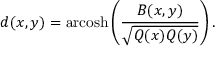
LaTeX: d ( x , y ) = \operatorname { a r c o s h } \left( { \frac { B ( x , y ) } { \sqrt { Q ( x ) Q ( y ) } } } \right) .